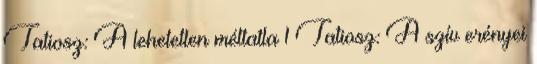
Tatiosz: A lehetetlen méltatla 1 Tatiosz: A szív erényei